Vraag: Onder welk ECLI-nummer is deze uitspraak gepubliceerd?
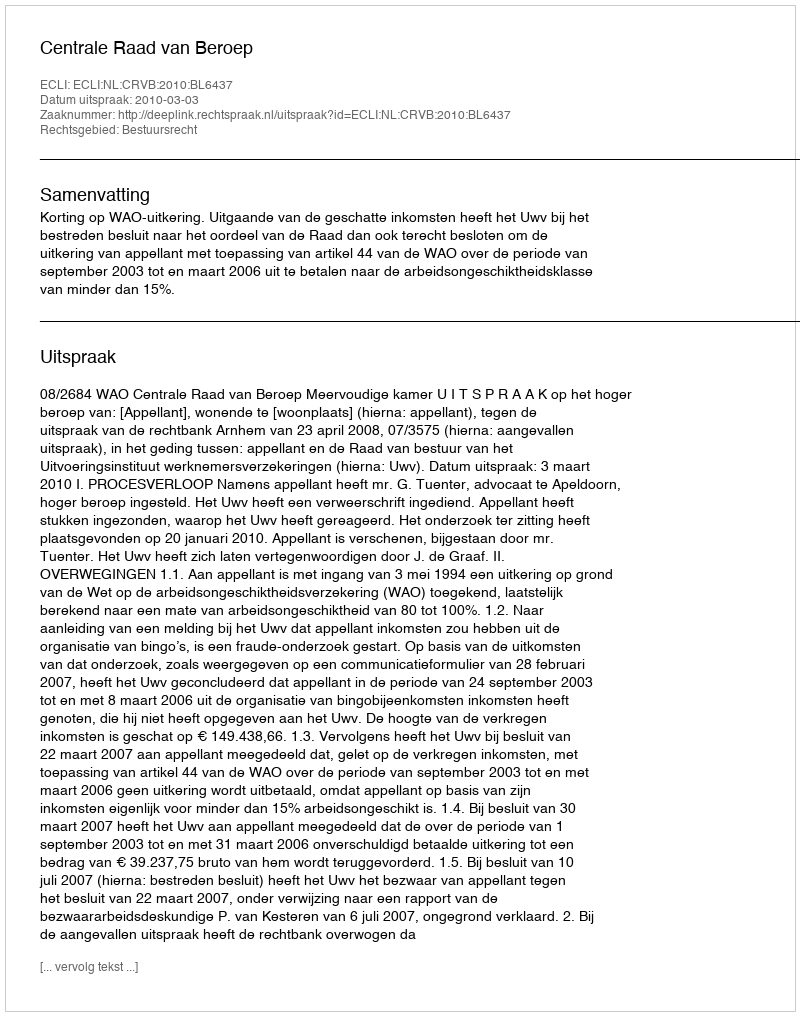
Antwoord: ECLI:NL:CRVB:2010:BL6437